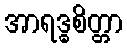
အာရဒ္ဓစိတ္တာ